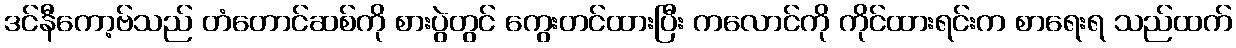
ဒင်နီကော့ဗ်သည် တံတောင်ဆစ်ကို စားပွဲတွင် ကွေးတင်ထားပြီး ကလောင်ကို ကိုင်ထားရင်းက စာရေးရ သည်ထက်